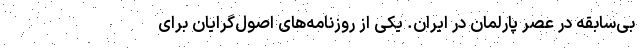
بی‌سابقه در عصر پارلمان در ایران. یکی از روزنامه‌های اصول‌گرایان برای